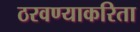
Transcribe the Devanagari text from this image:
ठरवण्याकरिता